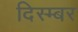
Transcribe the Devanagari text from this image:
दिस्म्बर